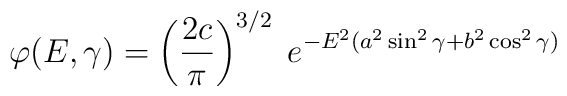
\varphi(E,\gamma) = \left(\frac{2c}{\pi}\right)^{3/2} \; e^{- E^2 (a^2 \sin^2\gamma + b^2 \cos^2\gamma)}